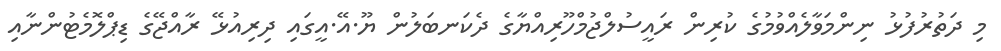
މި ދަތުރުފުޅު ނިންމަވާލެއްވުމުގެ ކުރިން ރައީސުލްޖުމްހޫރިއްޔާގެ ދެކަނބަލުން ޔޫ.އޭ.އީގައި ދިރިއުޅޭ ރާއްޖޭގެ ޑިޕްލޮމެޓުންނާއި